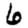
Digit: 6